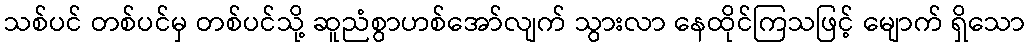
သစ်ပင် တစ်ပင်မှ တစ်ပင်သို့ ဆူညံစွာဟစ်အော်လျက် သွားလာ နေထိုင်ကြသဖြင့် မျောက် ရှိသော